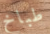
طباخ